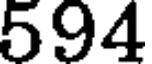
594